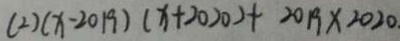
( 2 ) ( x - 2 0 1 9 ) ( x + 2 0 2 0 ) + 2 0 1 9 \times 2 0 2 0